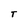
Character: T